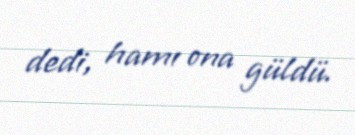
dedi, hamı ona güldü.